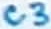
Text: C3